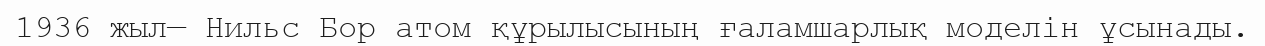
1936 жыл— Нильс Бор атом құрылысының ғаламшарлық моделін ұсынады.